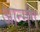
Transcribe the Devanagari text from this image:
आन्मंग